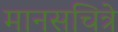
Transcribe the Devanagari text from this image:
मानसचित्रे